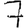
Digit: 7